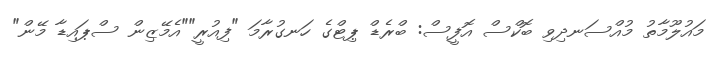
މައުލޫމާތު މުއްސަނދިވި ބޮކްސް އޮފީސް: ބްރެޑް ޕިޓްގެ ހަނގުރާމަ "ފިއުރީ""އެމޭޒިން ސްޕައިޑާ މޭން"